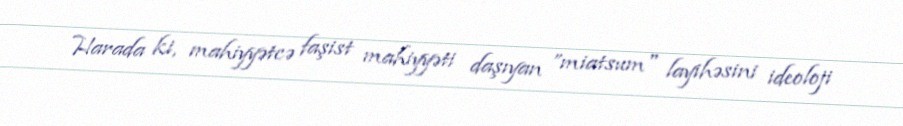
Harada ki, mahiyyətcə faşist mahiyyəti daşıyan ”miatsum" layihəsini ideoloji